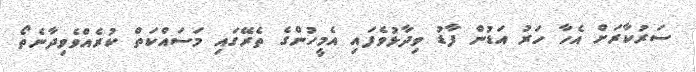
ސަރުކާރަށް އެހާ ހަރު އަޑުން ފާޑު ވިދާޅުވެފައި އެމީހުންގެ ތެރޭގައި މަސައްކަތް ކުރެއްވެވިދާނެތޯ